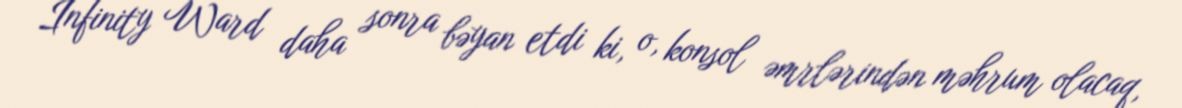
Infinity Ward daha sonra bəyan etdi ki, o, konsol əmrlərindən məhrum olacaq,